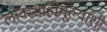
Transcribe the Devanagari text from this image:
लोकशाहीमूल्यांशी